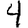
Digit: 4